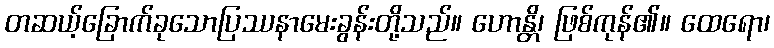
တဆယ့်ခြောက်ခုသောပြဿနာမေးခွန်းတို့သည်။ ဟောန္တိ၊ ဖြစ်ကုန်၏။ ထေရော၊